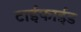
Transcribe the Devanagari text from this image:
टाईफाईड